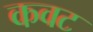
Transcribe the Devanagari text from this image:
कवट